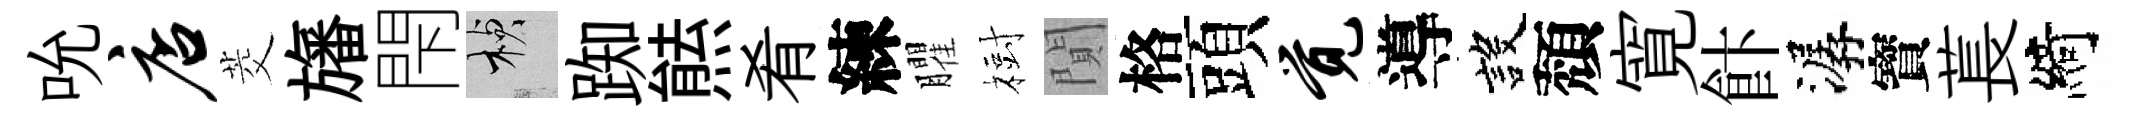
吮店茭旛閇楨踟㷱肴練臞𣗳閴格頭觉導設頽寛飰潺寳萇綺